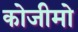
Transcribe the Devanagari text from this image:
कोजीमो